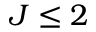
J \le 2